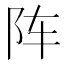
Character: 阵